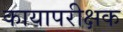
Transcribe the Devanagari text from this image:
कायापरीक्षक